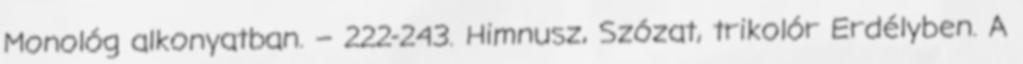
Monológ alkonyatban. – 222-243. Himnusz, Szózat, trikolór Erdélyben. A